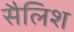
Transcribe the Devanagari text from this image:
सैलिश